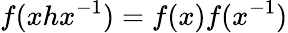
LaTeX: f(xhx^{-1})=f(x)f(x^{-1})